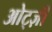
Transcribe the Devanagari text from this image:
ओट्ज़ी